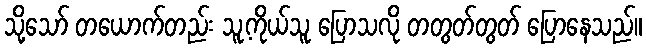
သို့သော် တယောက်တည်း သူ့ကိုယ်သူ ပြောသလို တတွတ်တွတ် ပြောနေသည်။